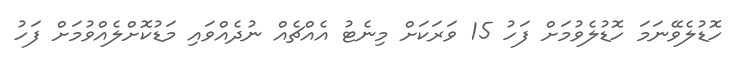
ހޮޑުލެވޭނަމަ ހޮޑުލެވުމަށް ފަހު 15 ވަރަކަށް މިނެޓު އެއްޗެއް ނުދެއްވައި މަޑުކޮށްލެއްވުމަށް ފަހު